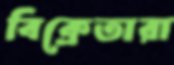
বিক্রেতারা